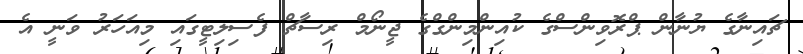
ޗައިނާގެ ޔުނާން ޕްރޮވިންސްގެ ކުއިންމިންގްގެ ޖީނޯމް ރިސާޗް ފެސިލިޓީގައި މިއަހަރު ވަނީ އެ